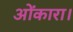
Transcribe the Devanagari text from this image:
ओंकारा।